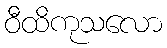
ဝီထိကုသလော